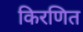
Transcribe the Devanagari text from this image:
किरणित